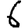
Digit: 6